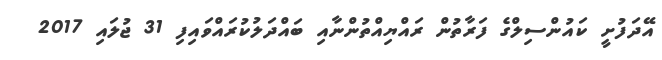
އޭދަފުށީ ކައުންސިލްގެ ފަރާތުން ރައްޔިއްތުންނާއި ބައްދަލުކުރައްވައިފި 31 ޖުލައި 2017